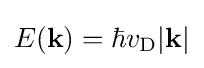
E(\mathbf {k} )=\hbar v_{\rm {D}}|\mathbf {k} |